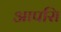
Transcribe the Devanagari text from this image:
आपसि